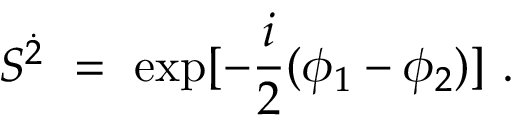
S ^ { \dot { 2 } } ~ = ~ \mathrm { e x p } [ - \frac { i } { 2 } ( \phi _ { 1 } - \phi _ { 2 } ) ] ~ .